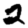
Digit: 2